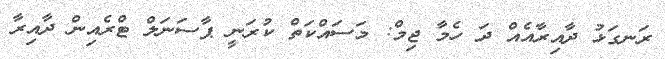
ރަނގަޅު ދާއިރާއެއް ދަ ހެމާ ޖިމް: މަސައްކަތް ކުރަނީ ޕާސަނަލް ޓްރެއިން ދާއިރާ